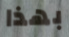
بهذا